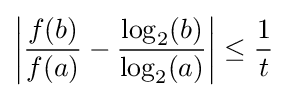
\left\vert {\frac {f(b)}{f(a)}}-{\frac {\log _{2}(b)}{\log _{2}(a)}}\right\vert \leq {\frac {1}{t}}